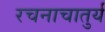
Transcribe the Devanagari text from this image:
रचनाचातुर्य